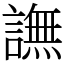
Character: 譕